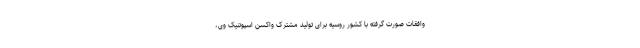
وافقات صورت گرفته با کشور روسیه برای تولید مشترک واکسن اسپوتنیک وی،